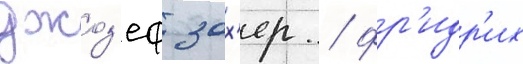
джоз'еф зох'ер / фр'идр'их